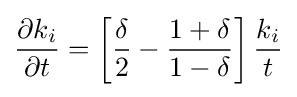
{\frac {\partial k_{i}}{\partial t}}=\left[{\frac {\delta }{2}}-{\frac {1+\delta }{1-\delta }}\right]{\frac {k_{i}}{t}}